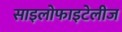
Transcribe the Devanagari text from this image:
साइलोफाइटेलीज